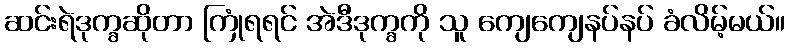
ဆင်းရဲဒုက္ခဆိုတာ ကြုံရရင် အဲဒီဒုက္ခကို သူ ကျေကျေနပ်နပ် ခံလိမ့်မယ်။